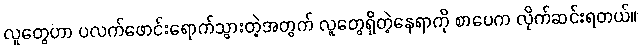
လူတွေဟာ ပလက်ဖောင်းရောက်သွားတဲ့အတွက် လူတွေရှိတဲ့နေရာကို စာပေက လိုက်ဆင်းရတယ်။